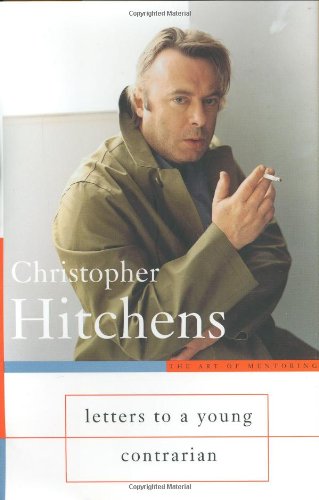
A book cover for Letters to a Young Contrarian (Art of Mentoring); Christopher Hitchens; Politics & Social Sciences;